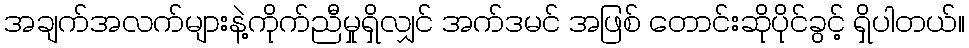
အချက်အလက်များနဲ့ကိုက်ညီမှုရှိလျှင် အက်ဒမင် အဖြစ် တောင်းဆိုပိုင်ခွင့် ရှိပါတယ်။